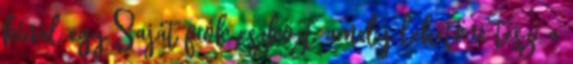
kínál egy Saját fiók eszközt, amely lehetővé teszi a